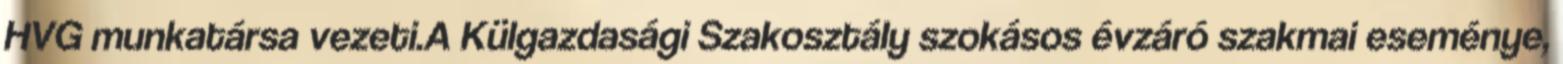
HVG munkatársa vezeti.A Külgazdasági Szakosztály szokásos évzáró szakmai eseménye,